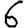
Digit: 6